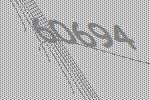
60694